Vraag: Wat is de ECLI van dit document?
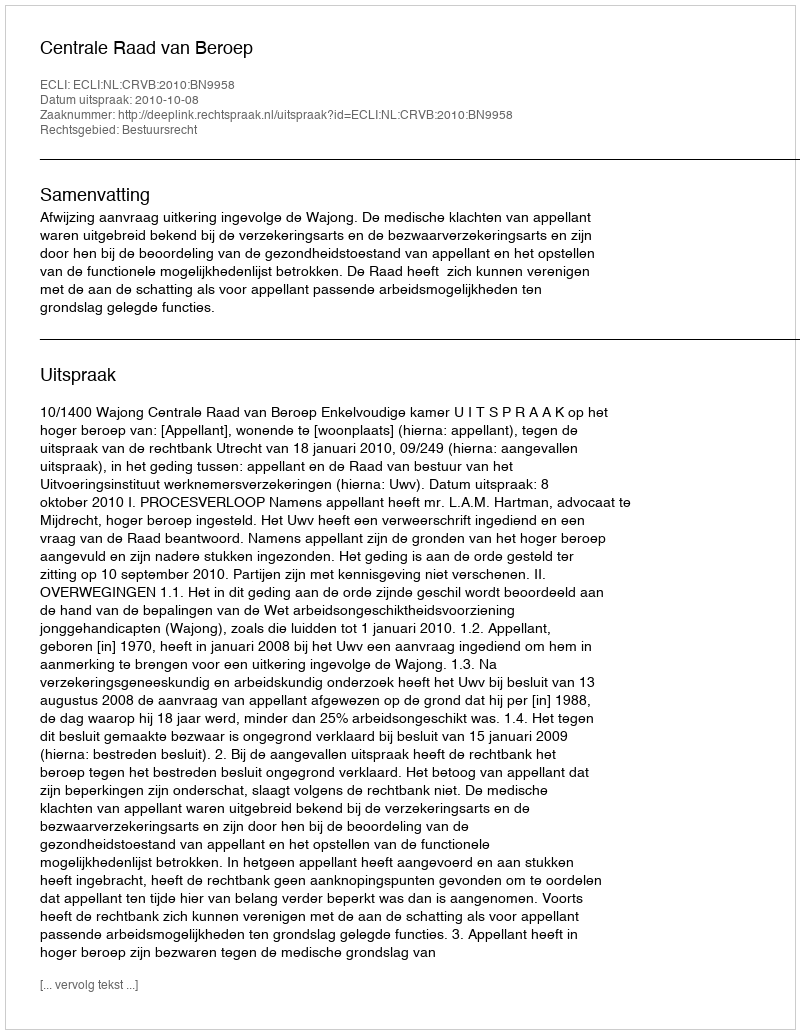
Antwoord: ECLI:NL:CRVB:2010:BN9958